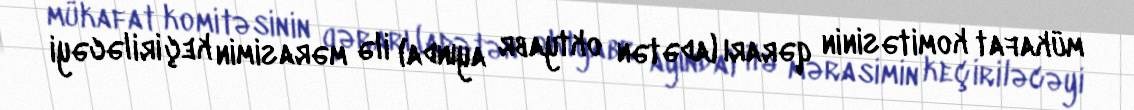
mükafat komitəsinin qərarı (adətən oktyabr ayında) ilə mərasimin keçiriləcəyi